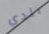
بلدي